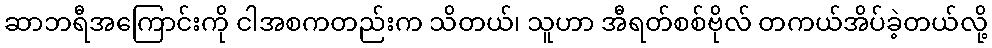
ဆာဘရီအကြောင်းကို ငါအစကတည်းက သိတယ်၊ သူဟာ အီရတ်စစ်ဗိုလ် တကယ်အိပ်ခဲ့တယ်လို့